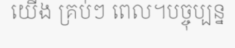
យើង គ្រប់ៗ ពេល។បច្ចុប្បន្ន